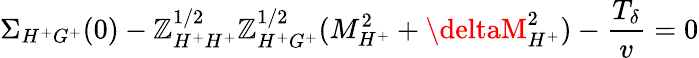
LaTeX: \Sigma_{H^{+}G^{+}}(0)-\mathbb{Z}_{H^{+}H^{+}}^{1/2}\mathbb{Z}_{H^{+}G^{+}}^{1/2}(M_{H^{+}}^{2}+\deltaM_{H^{+}}^{2})-\frac{{T_{\delta}}}{{v}}=0